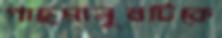
গাছমানুষটিকে